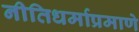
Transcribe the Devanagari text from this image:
नीतिधर्माप्रमाणे